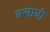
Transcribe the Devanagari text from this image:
क्लावी